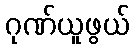
ဂုဏ်ယူဖွယ်